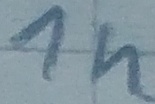
Text: 1n